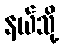
နယ်သို့